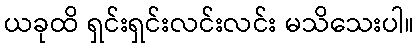
ယခုထိ ရှင်းရှင်းလင်းလင်း မသိသေးပါ။